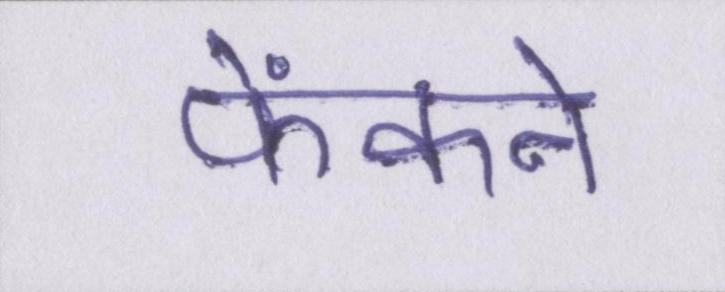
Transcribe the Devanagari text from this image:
फेंकने